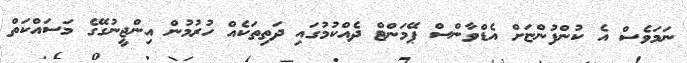
ނަމަވެސް އެ ކުންފުންޏަށް އެޑްވާންސް ޕޭމަންޓް ދެއްކުމުގައި ދަތިތަކެއް ހުރުމުން އިންޖީނުގޭގެ މަސައްކަތް